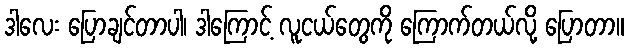
ဒါလေး ပြောချင်တာပါ၊ ဒါကြောင့် လူငယ်တွေကို ကြောက်တယ်လို့ ပြောတာ။